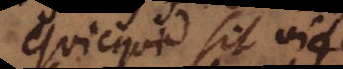
Quicquid sit videtur